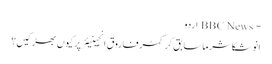
- BBC News اردو
انوشکا شرما سابق کرکٹر فاروق انجینیئر پر کیوں بھڑکیں؟